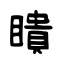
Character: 瞶